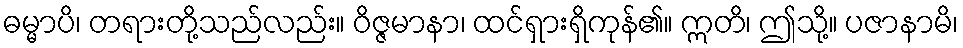
ဓမ္မာပိ၊ တရားတို့သည်လည်း။ ဝိဇ္ဇမာနာ၊ ထင်ရှားရှိကုန်၏။ ဣတိ၊ ဤသို့။ ပဇာနာမိ၊